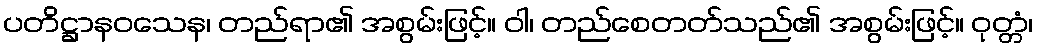
ပတိဋ္ဌာနဝသေန၊ တည်ရာ၏ အစွမ်းဖြင့်။ ဝါ၊ တည်စေတတ်သည်၏ အစွမ်းဖြင့်။ ဝုတ္တံ၊